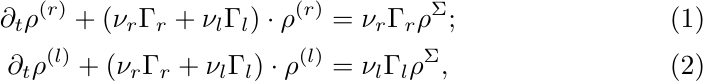
\begin{align}
    \partial_t \rho^{(r)} + \left(\nu_r\Gamma_r+\nu_l\Gamma_l\right)\cdot\rho^{(r)} &= \nu_r\Gamma_r\rho^{\Sigma};\\
    \partial_t \rho^{(l)} + \left(\nu_r\Gamma_r+\nu_l\Gamma_l\right)\cdot\rho^{(l)} &= \nu_l\Gamma_l\rho^{\Sigma},
\label{eq:decoupled_sys}
\end{align}